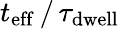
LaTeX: t_{\mathrm{eff}}\, /\, \tau_{\mathrm{dwell}}